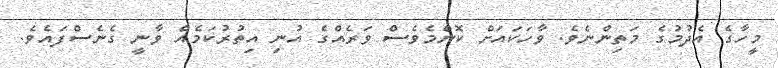
މީހާގެ އެދުމުގެ މަތިންނެވެ. ވާހަަކައަށް ކޮންމެވެސް ވަރެއްގެ އުނި އިތުރުކަމެއް ވާނީ ގެނެސްފައެވެ.